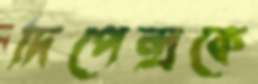
দিপেন্দ্রকে